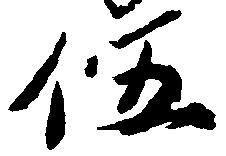
伍